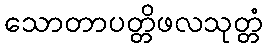
သောတာပတ္တိဖလသုတ္တံ